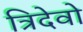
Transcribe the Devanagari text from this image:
त्रिदेवो